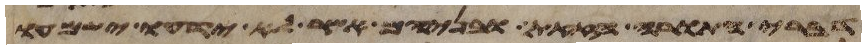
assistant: דברי התורה הזאת ובניהם אשר לא ידעו ישמעו